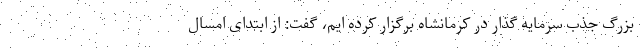
بزرگ جذب سرمایه گذار در کرمانشاه برگزار کرده ایم، گفت: از ابتدای امسال